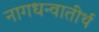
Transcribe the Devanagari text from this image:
नागधन्वातीर्थ